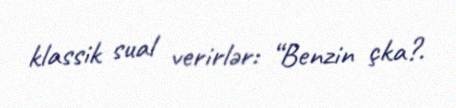
klassik sual verirlər: “Benzin çka?.